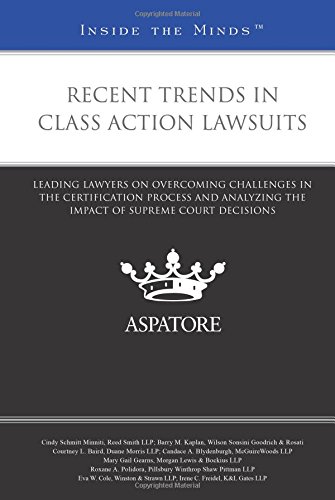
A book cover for Recent Trends in Class Action Lawsuits: Leading Lawyers on Overcoming Challenges in the Certification Process and Analyzing the Impact of Supreme Court Decisions (Inside the Minds); Cindy Minniti; Law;